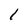
Character: l